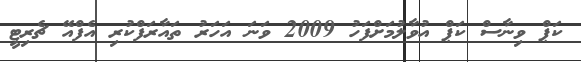
ކަޕް ވިނާސް ކަޕް އުވާލުމަށްފަހު 2009 ވަނަ އަހަރު ތައާރަފްކުރި އެފްއޭ ޗެރިޓީ